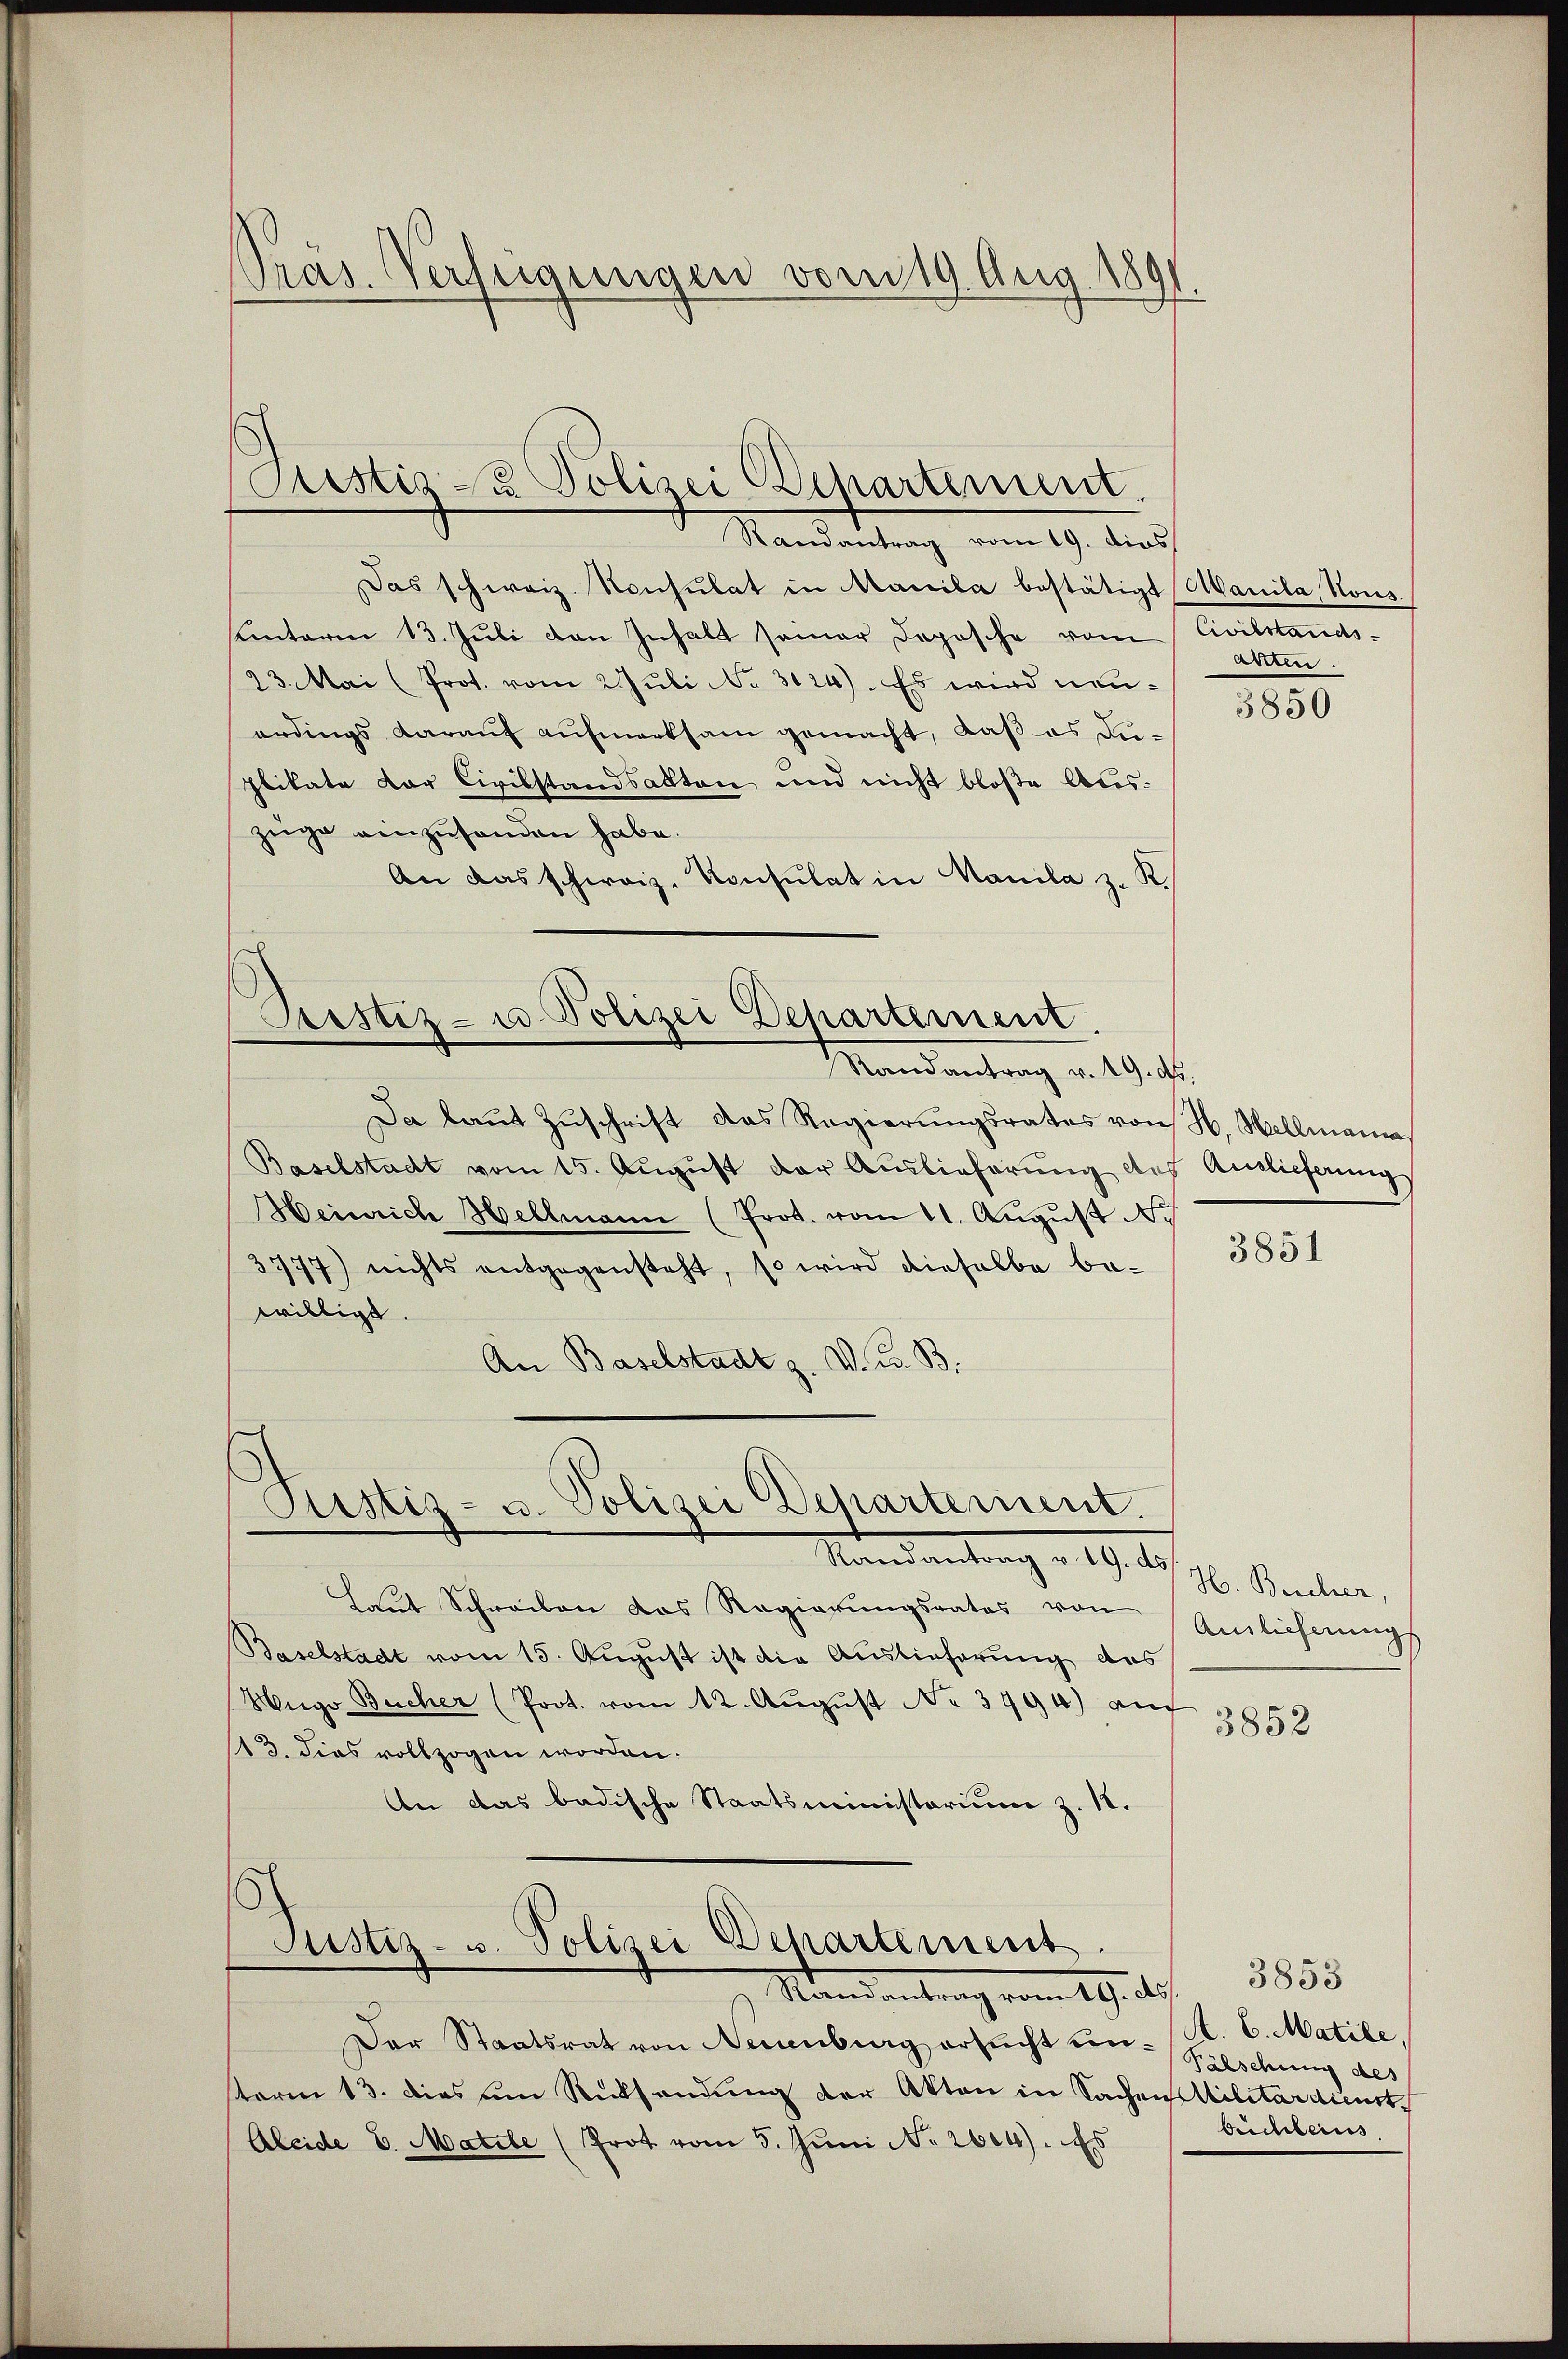
Pras. Verfügungen vom 19. Aug. 1891

Das schweiz. Konsulat in Manila bestätigt Marila, Rous.
sunterm 13. Juli den Inhalt seiner Dopische vom Civilstands-
23. Mai (Prot. vom 2 Juli No 3124). Es wird neuerdings darauf aufmerksam gemacht, daß es duplikate der Civilstandsalten und nicht bloße Auszeige einzuhanden habe.
An das schweiz. Konsulat in Manila z. K.

Ristiz- u Polizei Departement.
Randantrag vom 19. dies

Prestiz- u Polizei Departement.
Mandantrag v. 19. d.

Justiz- u. Polizei Departement.
Stand antrag u. 19. 10

Da laŭt Zŭschrift das Regierŭngsrates von H. Hellmanna
Baselstadt vom 15. August der Auslieferung des Anlieferungs
Heinrich Hellmann (Prot. vom 11. August
3777) nichts entgegensteht, so wird dieselbe be-
willigt.
An Baselstadt z. V. B. B.

Departement
Justiz- u. Polizei
Nandantrag vom 19. ds.

Der Staatsrat von Neuenburg ersucht unterm 13. dies um Rücksendung der Akten in Sachen Militärdienst
Aleide 6. Matile (Prot. vom 5. Juni No 2604). Es

Laŭt Schreiben das Regierŭngsrates von Amlichnŭngs
Baselstadt vom 15. August ist die Auslieferung des
Wigo Bücher (Prot. vom 12. Aŭgŭst No 3994) auf
13. dies vollzogen worden.
An das badische Staatsministorium z. 18.

areren.

3850

3851

H. Bescher,

3852

3853
A. 6. Matile,
Pälschung des
bückberus.